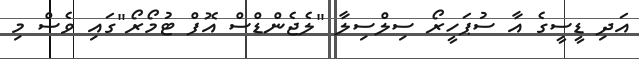
އަދި ޑީސީގެ އާ ސުޕަހީރޯ ސިލްސިލާ "ލެޖެންޑްސް އޮފް ޓުމޯރޯ"ގައި ވެސް މި